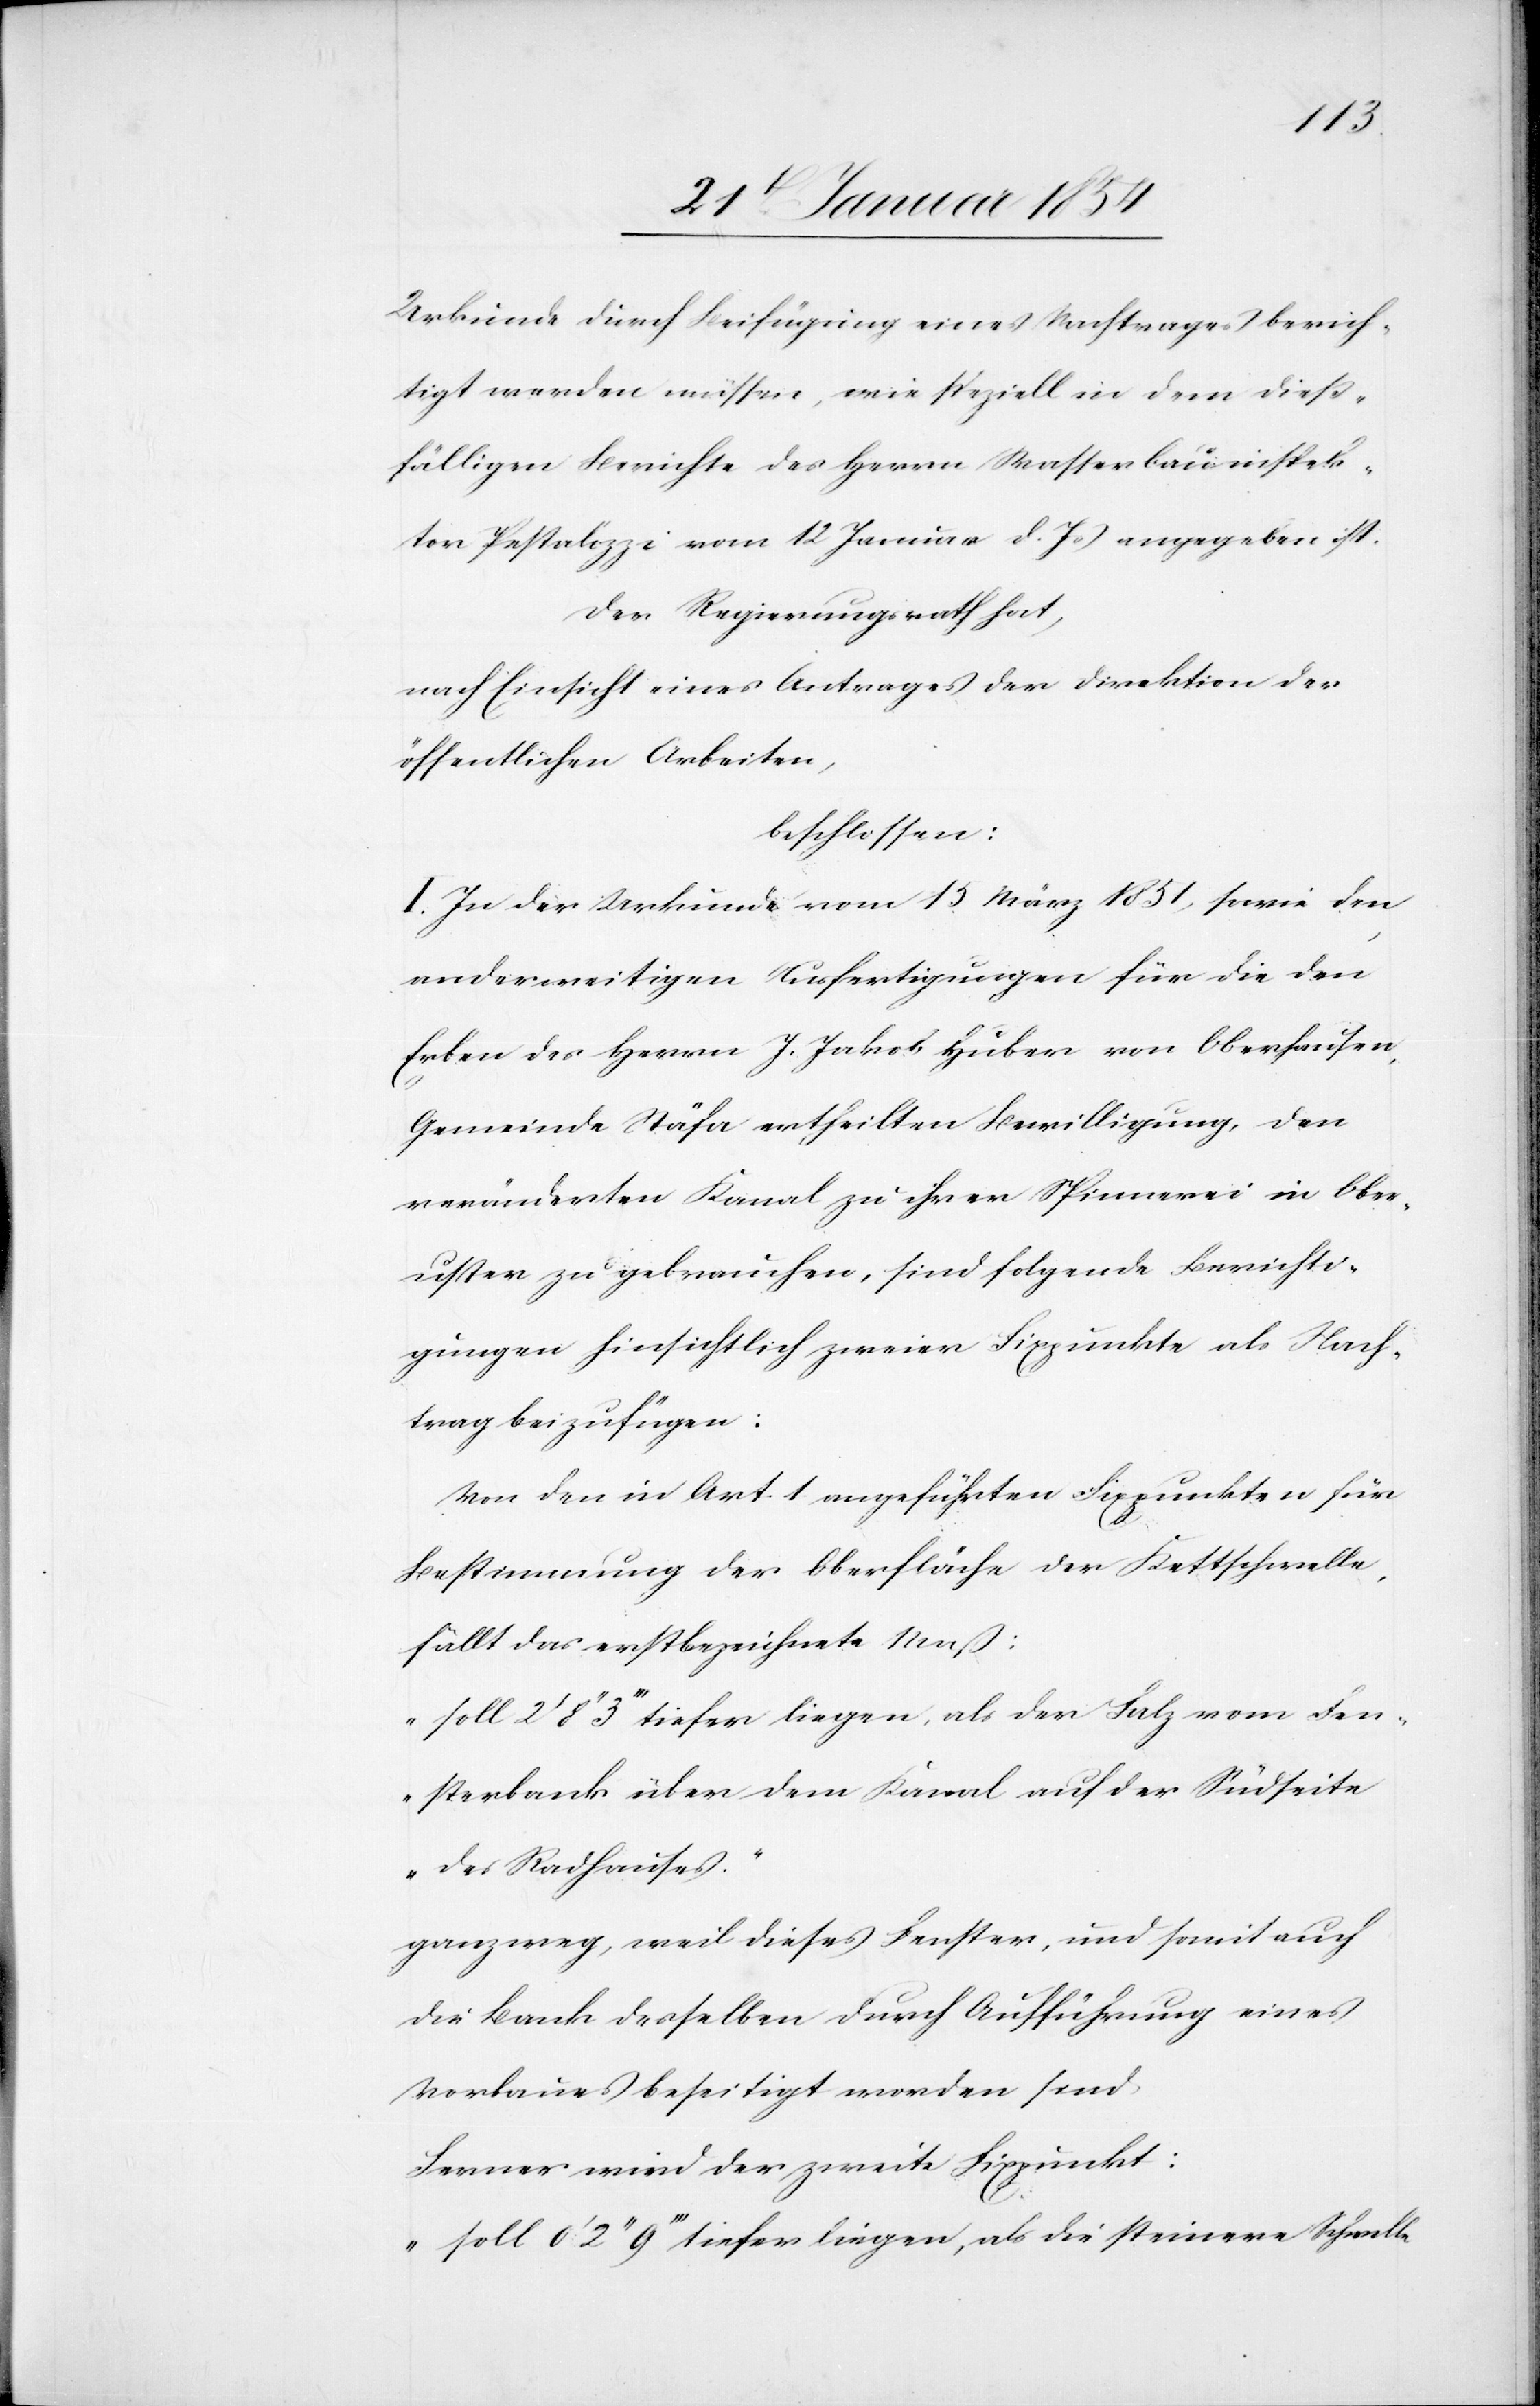
Urkunde durch Beifügung eines Nachtrages berich¬
tigt werden müssen, wie speziell in dem dieß¬
fälligen Berichte des Herrn Wasserbauinspek¬
tor Pestalozzi vom 12 Januar d. Js angegeben ist.
Der Regierungsrath hat,
nach Einsicht eines Antrages der Direktion der
öffentlichen Arbeiten,
beschlossen:
I. In der Urkunde vom 15 März 1851, sowie den
anderweitigen Ausfertigungen für die den
Erben des Herrn J. Jakob Huber von Oberhausen,
Gemeinde Stäfa ertheilten Bewilligung, den
veränderten Kanal zu ihrer Spinnerei in Ober¬
uster zu gebrauchen, sind folgende Berichti¬
gungen hinsichtlich zweier Fixpunkte als Nach¬
trag beizufügen:
Von den in Art. 1 angeführten Fixpunkten für
Bestimmung der Oberfläche der Kettschwelle,
fällt das erstbezeichnete Maß:
„soll 2‘ 8‘‘ 3‘‘‘ tiefer liegen, als der Falz vom Fen¬
sterbank über dem Kanal auf der Südseite
des Radhauses.“
ganz weg, weil dieses Fenster, und somit auch
die Bank desselben durch Aufführung eines
Vorbaus beseitigt worden sind.
Ferner wird der zweite Fixpunkt:
„soll 0‘ 2‘‘ 9‘‘‘ tiefer liegen, als die steiner[n]e Schwelle